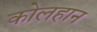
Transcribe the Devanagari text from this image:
कोलहान